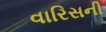
વારિસની